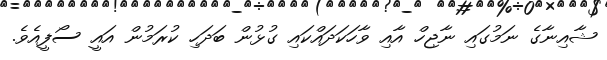
ޝާއިނާގެ ނަމުގައި ނާޖިހް އާއި ވާހަކަދައްކައި ގުޅުން ބަދަހި ކުރަމުން އައީ ސޯފީއެވެ.